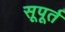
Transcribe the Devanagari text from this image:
सूपूर्त